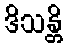
ဒိသန္တိ